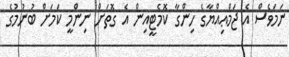
ނަމަވެސް އެ ޖަމްޢިއްޔާގެ ހިންގާ ކޮމެޓީއިން އެ ގޮތަށް ނިންމީ ކަމަށް ބުނުމުގެ